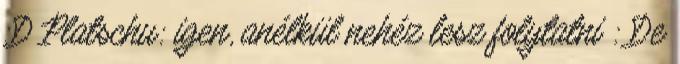
:D Platschu: igen, anélkül nehéz lesz folytatni : De